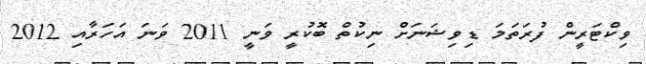
ވިކްޓަރީން ފުރަތަމަ ޑިވިޝަނަށް ނިކުތް ބޮކުރީ ވަނީ 2011 ވަނަ އަހަރާއި 2012